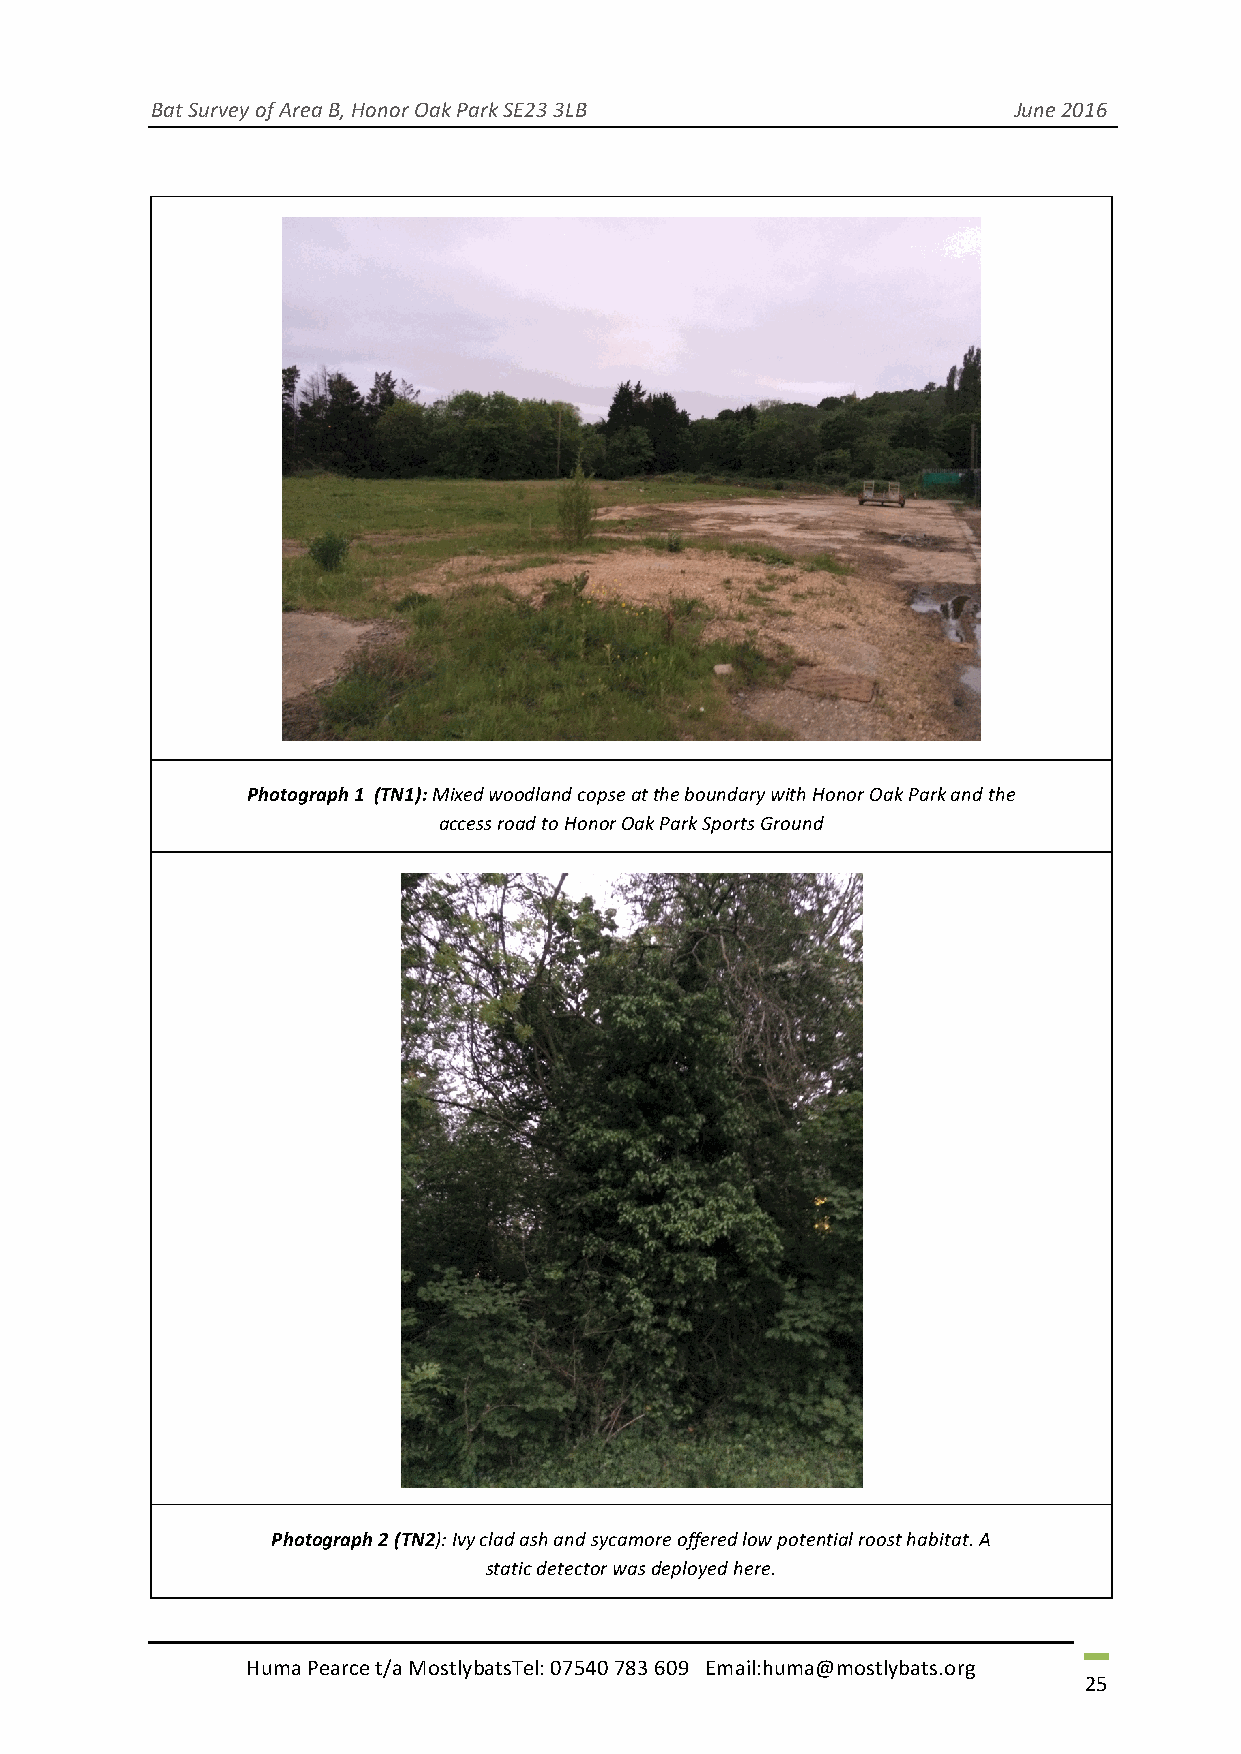
Bat Survey of Area B, Honor Oak Park SE23 3LB            June 2016
 Photograph 1 (TN1): Mixed woodland copse at the boundary with Honor Oak Park and the
 access road to Honor Oak Park Sports Ground
 Photograph 2 (TN2): Ivy clad ash and sycamore offered low potential roost habitat. A
 static detector was deployed here.
 Huma Pearce t/a MostlybatsTel: 07540 783 609 Email:huma@mostlybats.org
 25